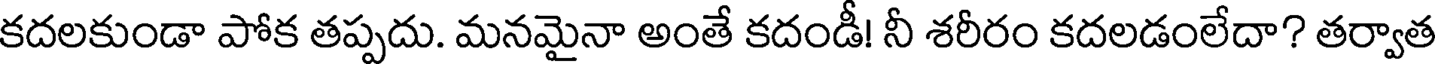
కదలకుండా పోక తప్పదు. మనమైనా అంతే కదండీ! నీ శరీరం కదలడంలేదా? తర్వాత